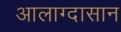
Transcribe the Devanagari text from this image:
आलाग्दासान